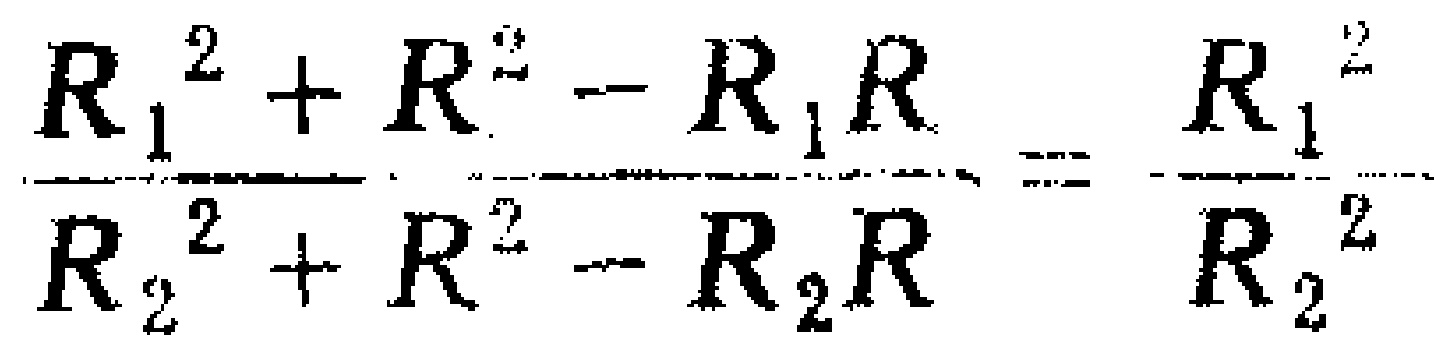
\frac{R_{1}^{2}+R^{2}-R_{1}R}{R_{2}^{2}+R^{2}-R_{2}R}=\frac{R_{1}^{2}}{R_{2}^{2}}